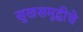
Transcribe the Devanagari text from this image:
सुखसमृद्धीचे